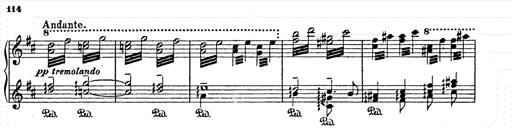
Title: AnnÃ©es de pÃ¨lerinage II
Composer: Franz Liszt